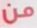
من